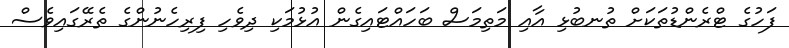
ފަހުގެ ޓްރެންޑުތަކަށް ތުނބުޅި އާއި މަތިމަސް ބަހައްޓައިގެން އުޅުމަކި ދިވެހި ފިރިހެނުންގެ ތެރޭގައިވެސް